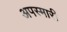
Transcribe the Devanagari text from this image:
अपस्मारी